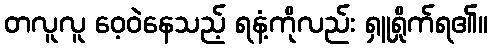
တလူလူ ဝေ့ဝဲနေသည့် ရနံ့ကိုလည်း ရှူရှိုက်ရ၏။